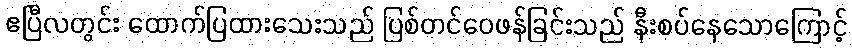
ဧပြီလတွင်း ထောက်ပြထားသေးသည် ပြစ်တင်ဝေဖန်ခြင်းသည် နီးစပ်နေသောကြောင့်